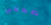
ضعفي